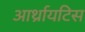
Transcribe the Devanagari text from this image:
आर्थ्रायटिस